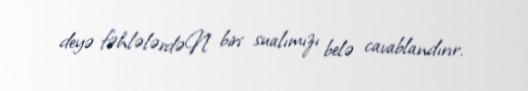
deyə fəhlələrdəN biri sualımızı belə cavablandırır.